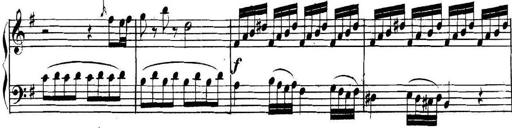
Title: Collected Piano Sonatas
Composer: Muzio Clementi